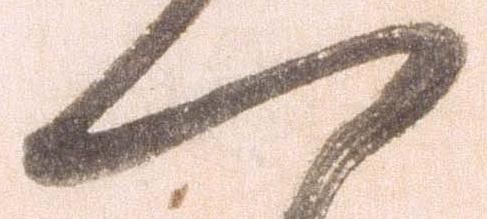
一